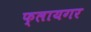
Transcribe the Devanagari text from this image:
फ्लायगर